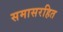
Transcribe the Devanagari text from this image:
समासरहित